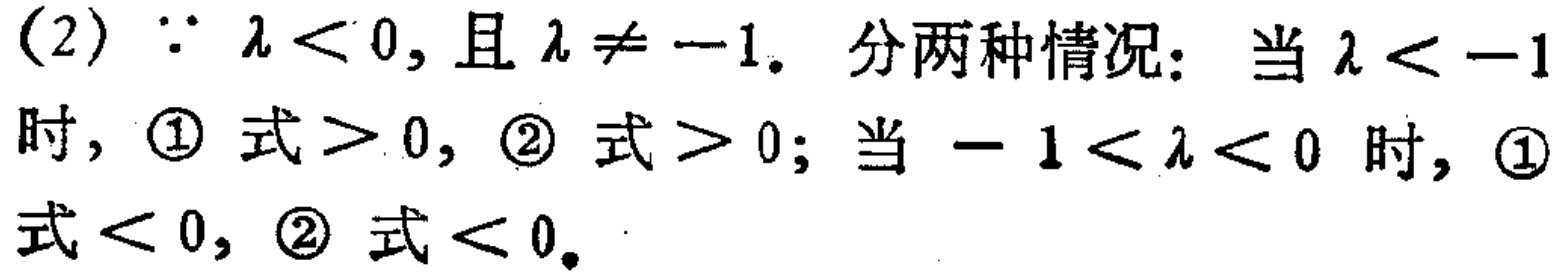
(2) $\because \lambda < 0$, 且 $\lambda \neq -1$. 分两种情况：当 $\lambda < -1$ 时, \textcircled{1} 式 $> 0$, \textcircled{2} 式 $> 0$; 当 $-1 < \lambda < 0$ 时, \textcircled{1} 式 $< 0$, \textcircled{2} 式 $< 0$.